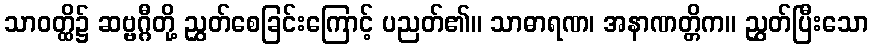
သာဝတ္ထိ၌ ဆဗ္ဗဂ္ဂီတို့ ညွှတ်စေခြင်းကြောင့် ပညတ်၏။ သာဓာရဏ၊ အနာဏတ္တိက။ ညွှတ်ပြီးသော